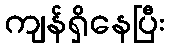
ကျန်ရှိနေပြီး